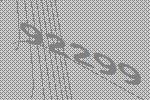
92299